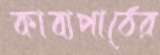
কাব্যপাঠের